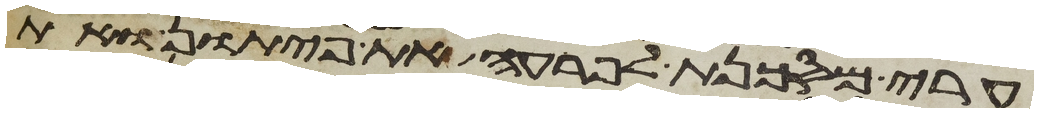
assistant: ערי מסכנת לפרעה את פיתון ואת